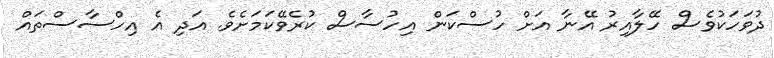
ދުވަހަކުވެސް ހޭލާއިރު އޭނާ އަށް ހުސްކަން އިހުސާސް ކުރެވޭކަމަށެވެ. އަދި އެ އިހްސާސްތައް